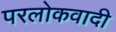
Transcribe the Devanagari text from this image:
परलोकवादी